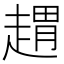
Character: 𧼫